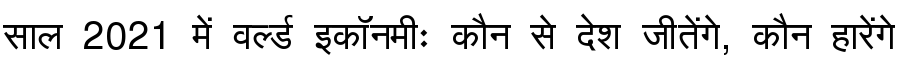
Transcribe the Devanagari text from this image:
साल 2021 में वर्ल्ड इकॉनमीः कौन से देश जीतेंगे, कौन हारेंगे